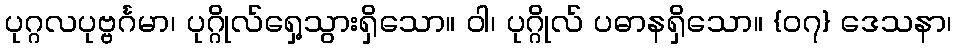
ပုဂ္ဂလပုဗ္ဗင်္ဂမာ၊ ပုဂ္ဂိုလ်ရှေ့သွားရှိသော။ ဝါ၊ ပုဂ္ဂိုလ် ပဓာနရှိသော။ {၀၇} ဒေသနာ၊